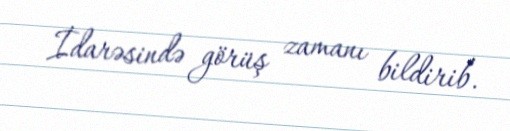
İdarəsində görüş zamanı bildirib.